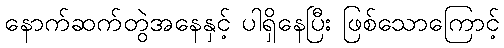
နောက်ဆက်တွဲအနေနှင့် ပါရှိနေပြီး ဖြစ်သောကြောင့်